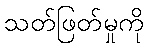
သတ်ဖြတ်မှုကို